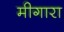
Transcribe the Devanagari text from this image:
मीगारा